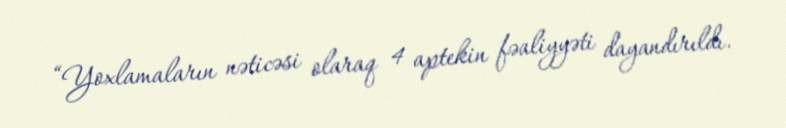
“Yoxlamaların nəticəsi olaraq 4 aptekin fəaliyyəti dayandırıldı.